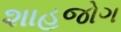
શાહજોગ